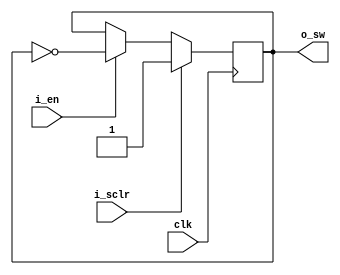
`ifndef _toggle
`define _toggle

module toggle #(
  parameter INIT = 1'b1
)(
  input wire clk, i_sclr, i_en,
  output wire o_sw
);

  reg r_sw;

  always @(posedge clk) begin
    if (i_sclr) begin
      r_sw <= INIT;
    end else if (i_en) begin
      r_sw <= ~r_sw;
    end
  end

  assign o_sw = r_sw;
endmodule

`endif